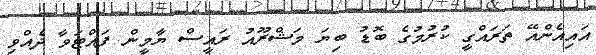
އައިއެންއޭ ތަރައްގީ ކުރުމުގެ ބޮޑު ބިޔަ މަޝްރޫއު ރައީސް ޔާމީން ފައްޓަވާ ދެއްވި